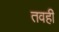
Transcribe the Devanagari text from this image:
तवही